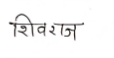
मजकूर: शिवराज